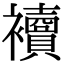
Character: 𧟅